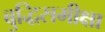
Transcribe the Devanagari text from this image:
बुद्धिसमीक्षा